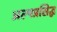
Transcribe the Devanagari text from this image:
अल्पप्रसिद्ध